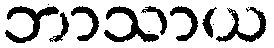
ဘာသာယ